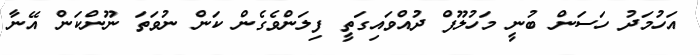
އަހުމަދު ހަސަން ބުނީ މަހުލޫފް ދުއްވައިގަތީ ފިލަންވެގެން ކަން ނުވަތަ ނޫންކަން އޭނާ